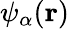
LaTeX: \psi_{\alpha}(\mathbf{r})